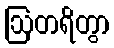
ဩတရိတွာ